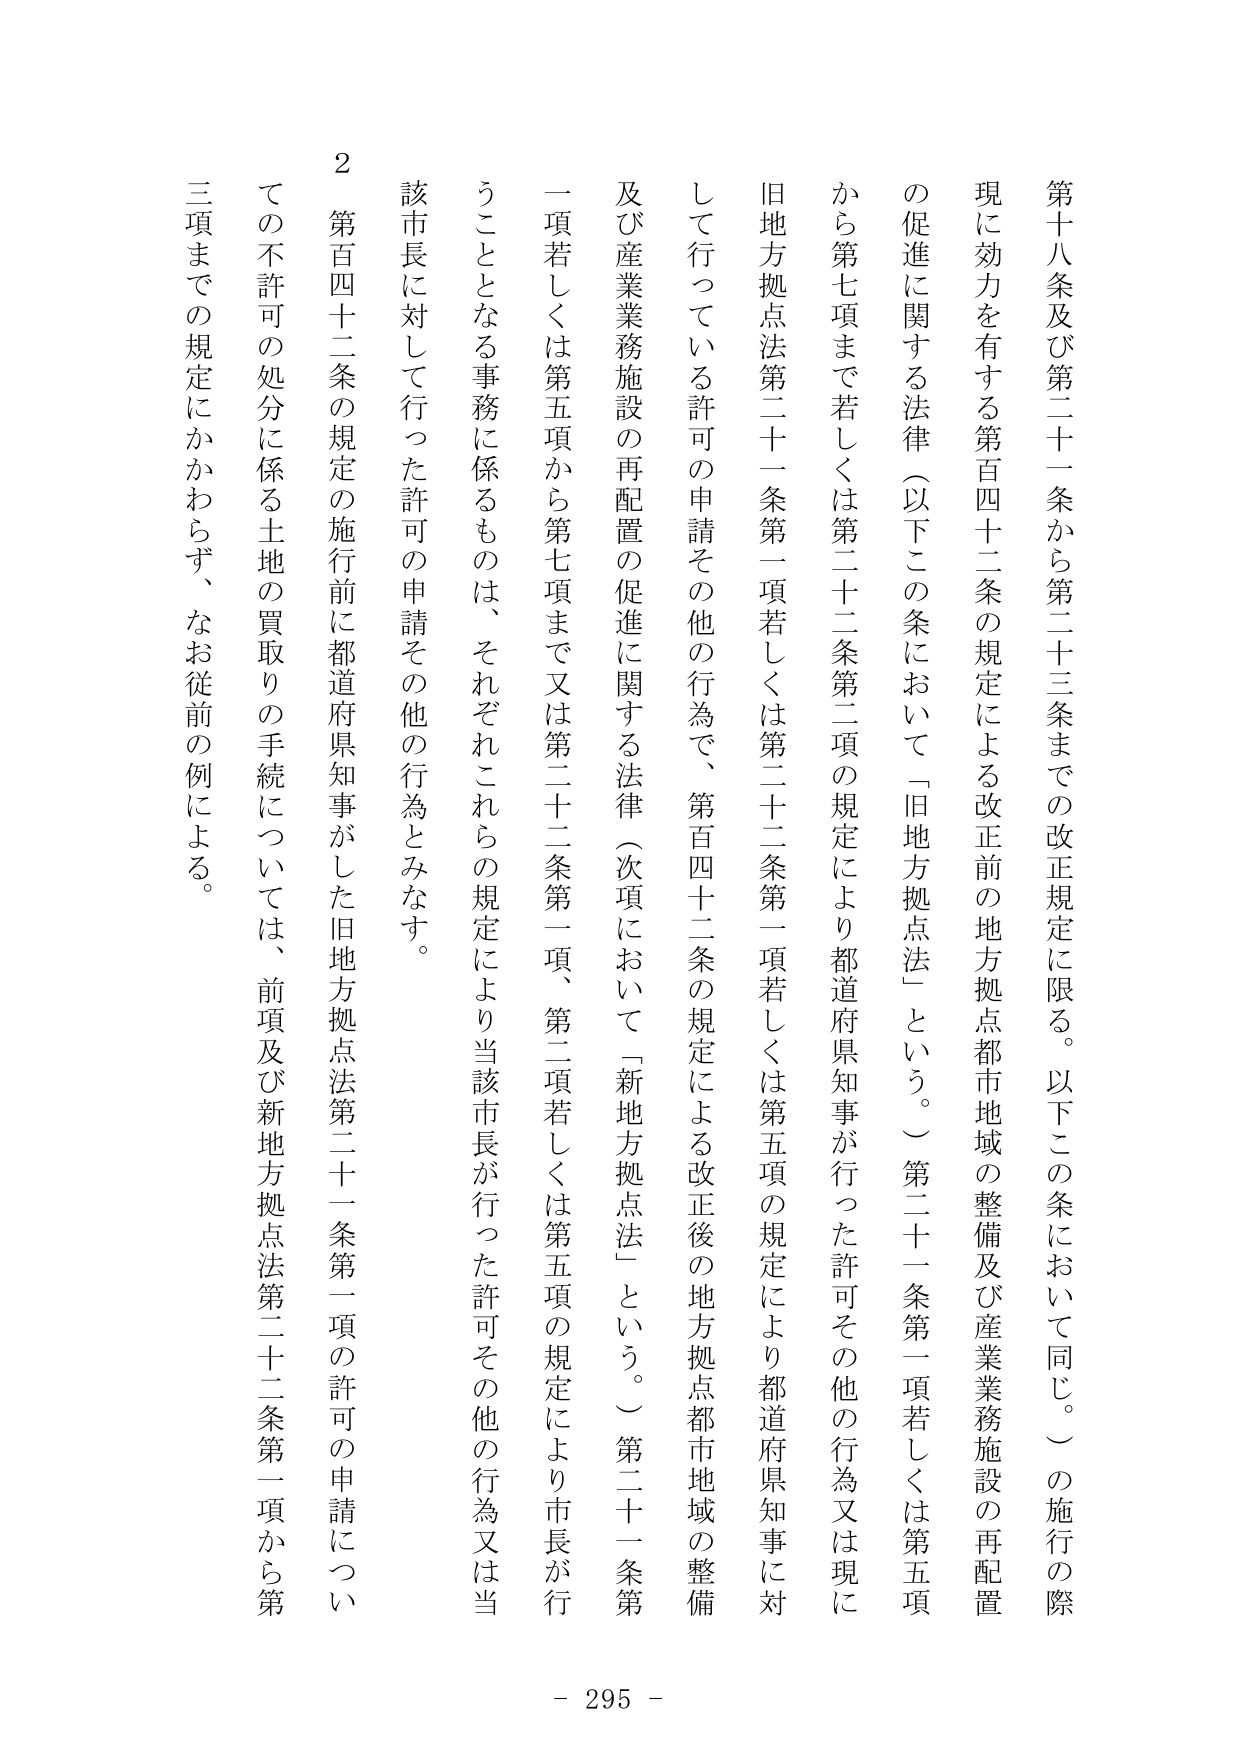
第十八条及び第二十一条から第二十三条までの改正規定に限る。以下この条において同じ。）の施行の際現に効力を有する第百四十二条の規定による改正前の地方拠点都市地域の整備及び産業業務施設の再配置の促進に関する法律（以下この条において「旧地方拠点法」という。）第二十一条第一項若しくは第五項から第七項まで若しくは第二十二条第二項の規定により都道府県知事が行った許可その他の行為又は現に旧地方拠点法第二十一条第一項若しくは第二十二条第一項若しくは第五項の規定により都道府県知事に対して行っている許可の申請その他の行為で、第百四十二条の規定による改正後の地方拠点都市地域の整備及び産業業務施設の再配置の促進に関する法律（次項において「新地方拠点法」という。）第二十一条第一項若しくは第五項から第七項まで又は第二十二条第一項、第二項若しくは第五項の規定により市長が行うこととなる事務に係るものは、それぞれこれらの規定により当該市長が行った許可その他の行為又は当該市長に対して行った許可の申請その他の行為とみなす。

２ 第百四十二条の規定の施行前に都道府県知事がした旧地方拠点法第二十一条第一項の許可の申請についての不許可の処分に係る土地の買取りの手続については、前項及び新地方拠点法第二十二条第一項から第三項までの規定にかかわらず、なお従前の例による。

- 295 -